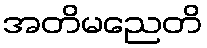
အတိမညေတိ